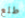
طلع